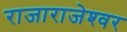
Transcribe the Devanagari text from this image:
राजाराजेश्‍वर